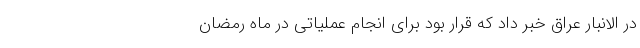
در الانبار عراق خبر داد که قرار بود برای انجام عملیاتی در ماه رمضان